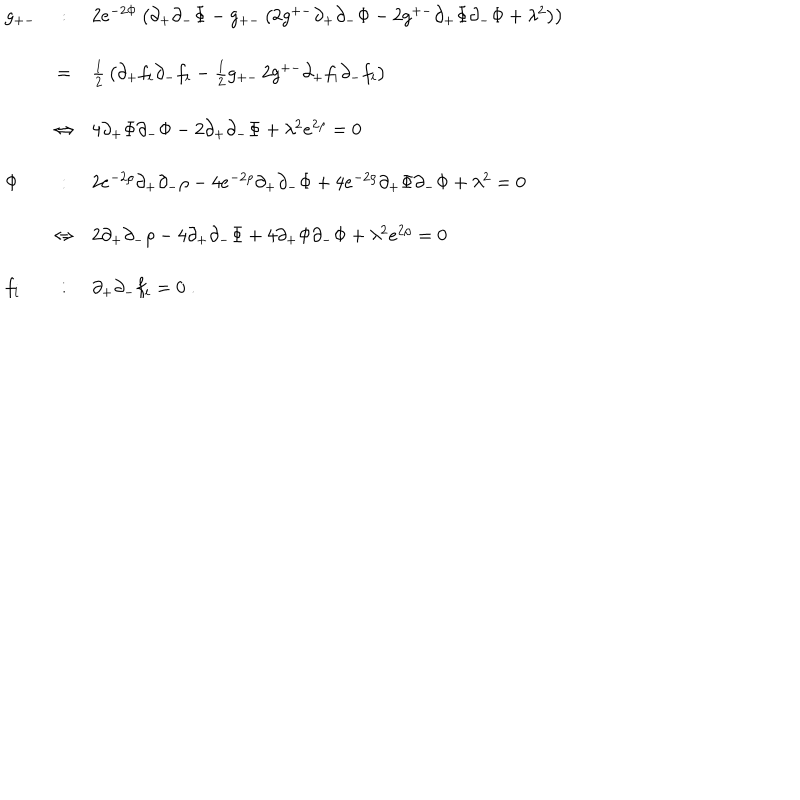
LaTeX: \begin{array} { l c l } { { g _ { + - } } } & { { : } } & { { 2 e ^ { - 2 \Phi } \left( \partial _ { + } \partial _ { - } \Phi - g _ { + - } \left( 2 g ^ { + - } \partial _ { + } \partial _ { - } \Phi - 2 g ^ { + - } \partial _ { + } \Phi \partial _ { - } \Phi + \lambda ^ { 2 } \right) \right) } } \\ { { \ } } & { { = } } & { { { \frac { 1 } { 2 } } \left( \partial _ { + } f _ { i } \partial _ { - } f _ { i } - { \frac { 1 } { 2 } } g _ { + - } \, 2 g ^ { + - } \partial _ { + } f _ { i } \partial _ { - } f _ { i } \right) } } \\ { { \ } } & { { \Leftrightarrow } } & { { 4 \partial _ { + } \Phi \partial _ { - } \Phi - 2 \partial _ { + } \partial _ { - } \Phi + \lambda ^ { 2 } e ^ { 2 \rho } = 0 } } \\ { { \Phi } } & { { : } } & { { 2 e ^ { - 2 \rho } \partial _ { + } \partial _ { - } \rho - 4 e ^ { - 2 \rho } \partial _ { + } \partial _ { - } \Phi + 4 e ^ { - 2 \rho } \partial _ { + } \Phi \partial _ { - } \Phi + \lambda ^ { 2 } = 0 } } \\ { { \ } } & { { \Leftrightarrow } } & { { 2 \partial _ { + } \partial _ { - } \rho - 4 \partial _ { + } \partial _ { - } \Phi + 4 \partial _ { + } \Phi \partial _ { - } \Phi + \lambda ^ { 2 } e ^ { 2 \rho } = 0 } } \\ { { f _ { i } } } & { { : } } & { { \partial _ { + } \partial _ { - } f _ { i } = 0 \; . } } \\ \end{array}